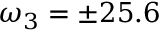
\omega _ { 3 } = \pm 2 5 . 6